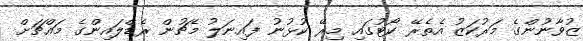
ޒުވާނުންގެ މަރުކަޒު އެތެރޭ ކޯޓުގައި މިރޭ ކުޅުނު ފައިނަލު މެޗުން ރެޑްލައިންގެ މައްޗަށް